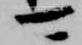
可